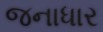
જનાધાર